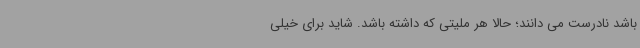
باشد نادرست می دانند؛ حالا هر ملیتی که داشته باشد. شاید برای خیلی